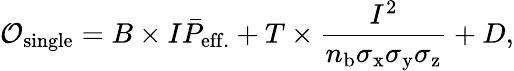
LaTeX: \mathcal{O}_{\mathrm{single}}=B\times I\bar{P}_{\mathrm{eff.}}+T\times\frac{I^{2}}{n_{\mathrm{b}}\sigma_{\mathrm{x}}\sigma_{\mathrm{y}}\sigma_{\mathrm{z}}}+D,